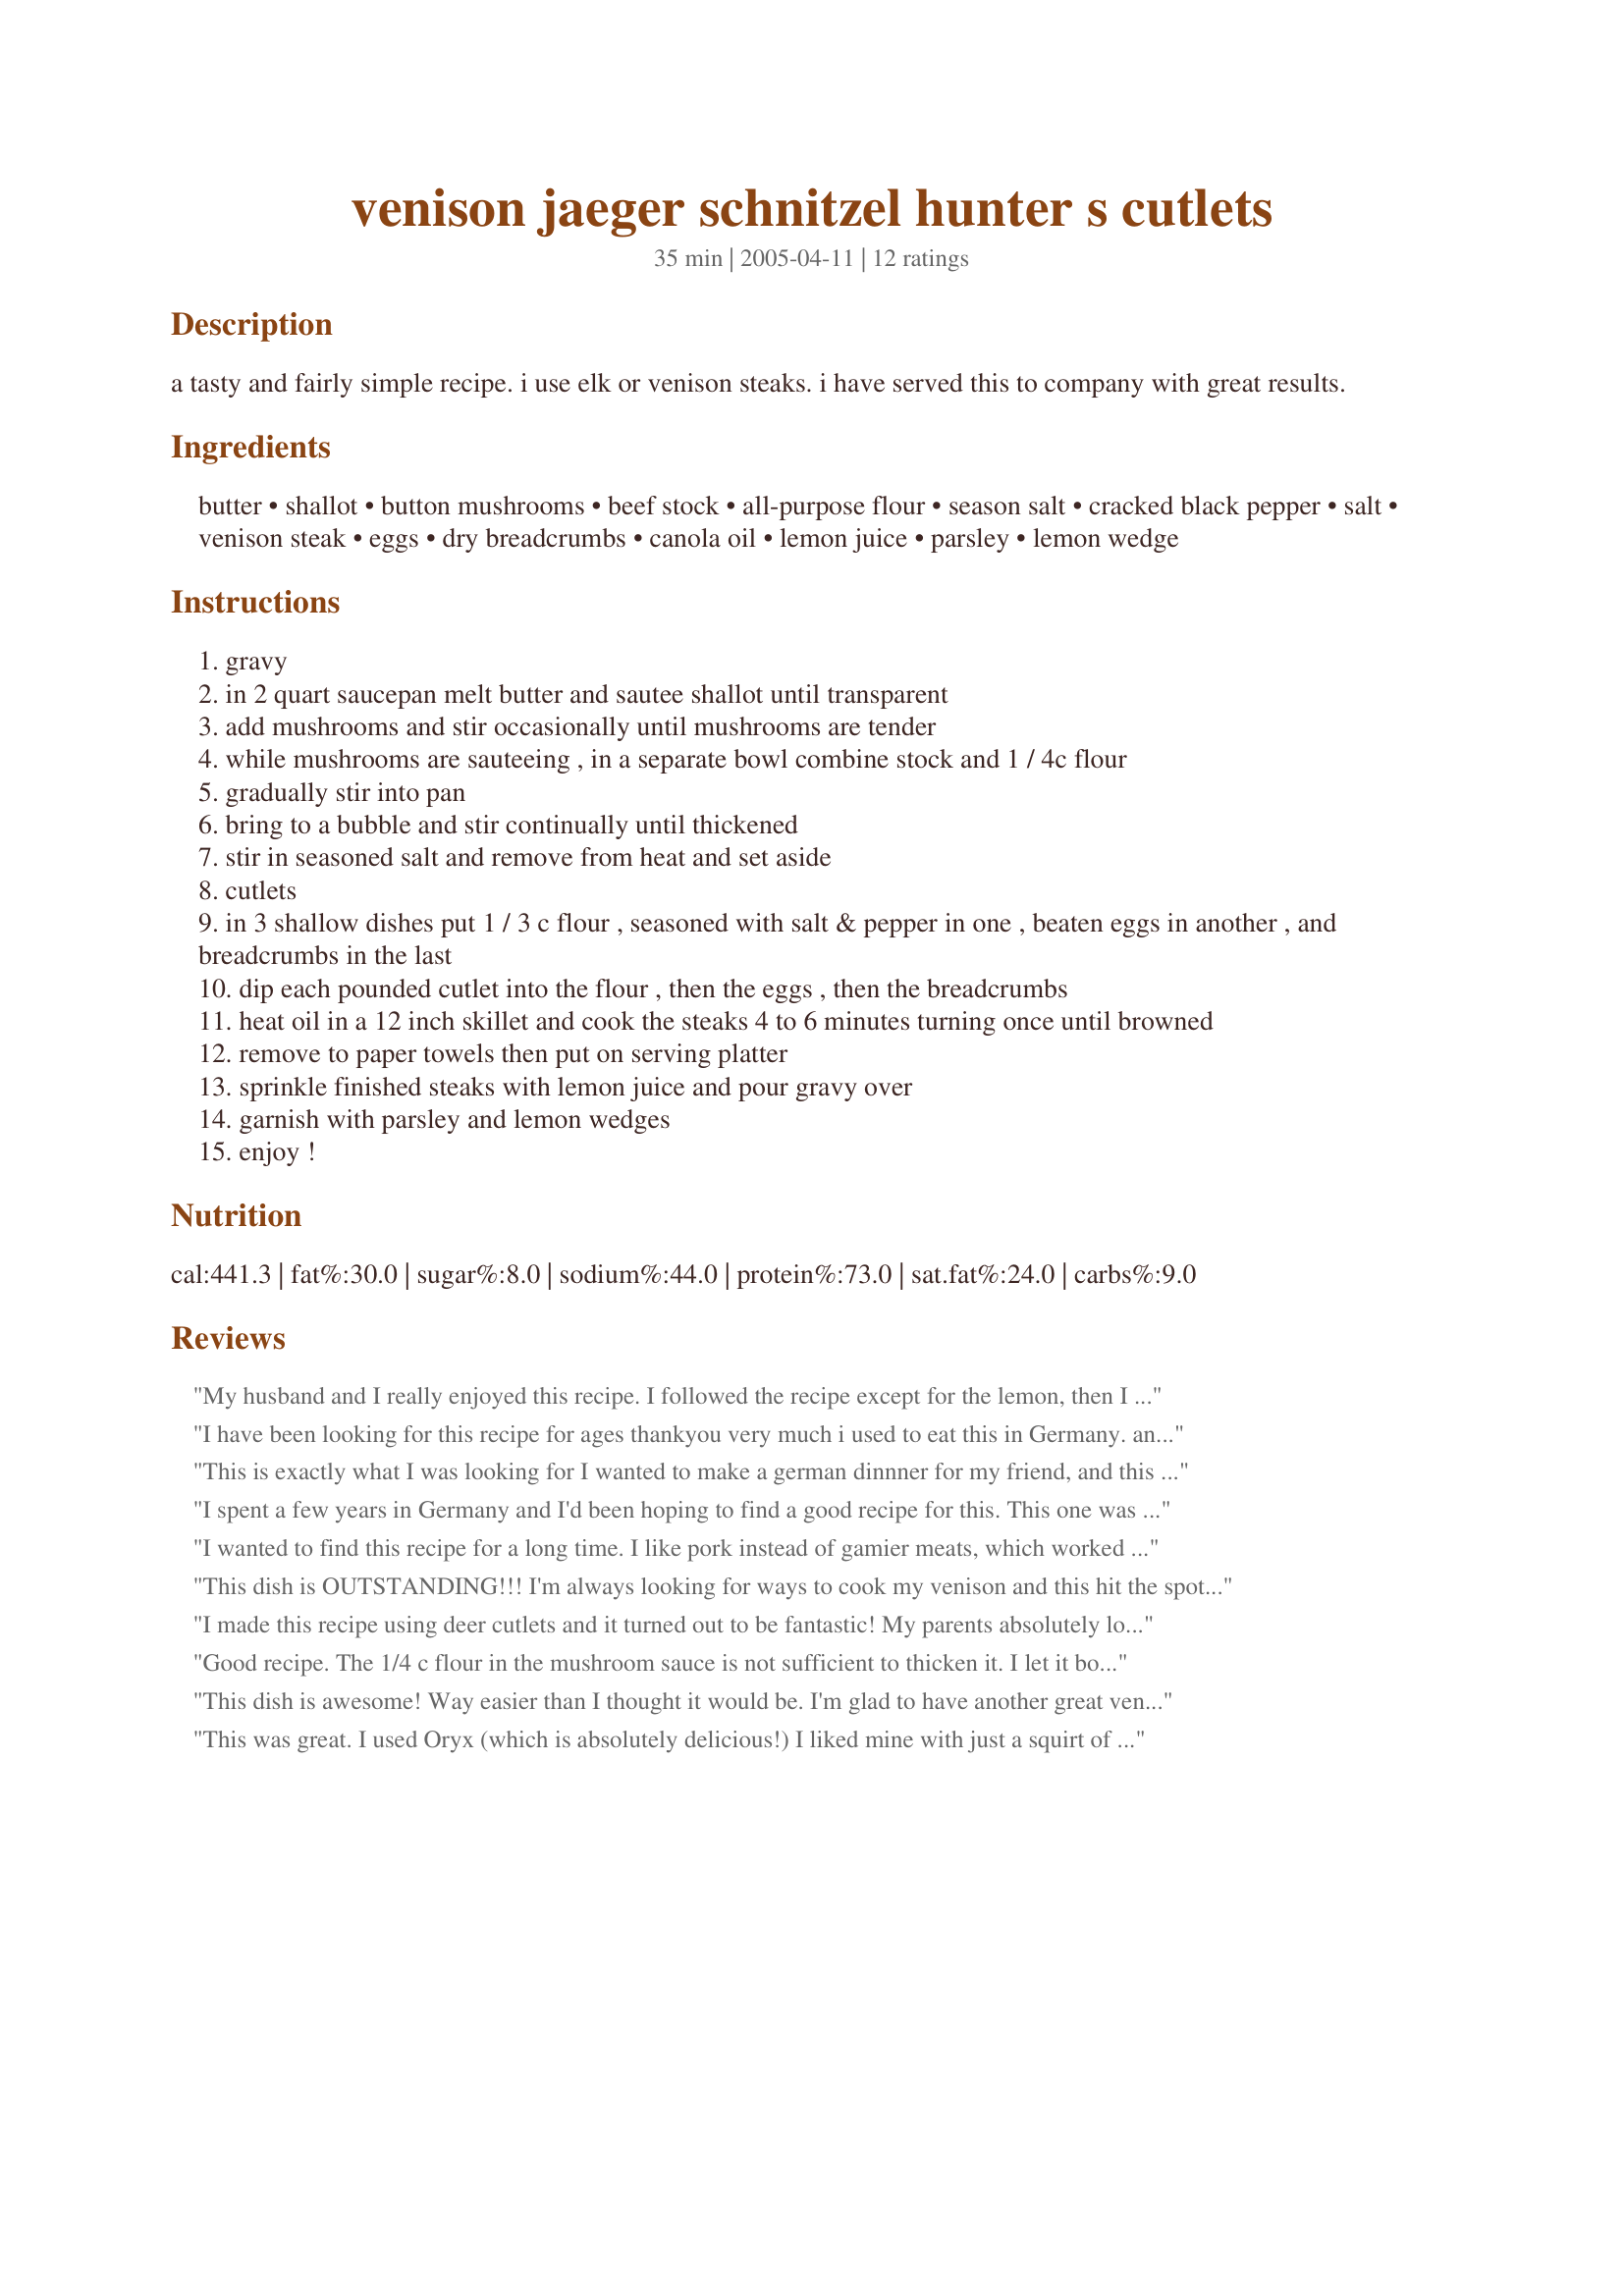
venison jaeger schnitzel hunter s cutlets
Preparation time: 35 minutes

a tasty and fairly simple recipe. i use elk or venison steaks. i have served this to company with great results.

Ingredients:
butter, shallot, button mushrooms, beef stock, all-purpose flour, season salt, cracked black pepper, salt, venison steak, eggs, dry breadcrumbs, canola oil, lemon juice, parsley, lemon wedge

Steps:
gravy
in 2 quart saucepan melt butter and sautee shallot until transparent
add mushrooms and stir occasionally until mushrooms are tender
while mushrooms are sauteeing , in a separate bowl combine stock and 1 / 4c flour
gradually stir into pan
bring to a bubble and stir continually until thickened
stir in seasoned salt and remove from heat and set aside
cutlets
in 3 shallow dishes put 1 / 3 c flour , seasoned with salt & pepper in one , beaten eggs in another , and breadcrumbs in the last
dip each pounded cutlet into the flour , then the eggs , then the breadcrumbs
heat oil in a 12 inch skillet and cook the steaks 4 to 6 minutes turning once until browned
remove to paper towels then put on serving platter
sprinkle finished steaks with lemon juice and pour gravy over
garnish with parsley and lemon wedges
enjoy !

Reviews:
My husband and I really enjoyed this recipe. I followed the recipe except for the lemon, then I sliced it into strips and served it over wild rice with the gravy on top. Yum! Thanks for the recipe!
I have been looking for this recipe for ages thankyou very much i used to eat this in Germany.
and the other day at college we had to make our own dishes to serve to the public i made this one and in the end we won uk college of the year award thankyou very much again..
This is exactly what I was looking for I wanted to make a german dinnner for my friend, and this worked just great, I used pork tenderloin instead of venison, but otherwise followed the recipe exactly, it was excellent and very easy to prepare. Thanks for a great recipe, I will be making this again
I spent a few years in Germany and I'd been hoping to find a good recipe for this. This one was incredible!!
I wanted to find this recipe for a long time. I like pork instead of gamier meats, which worked well in this recipe. Thanks for posting, we ate it with kittencal's latkes, yummy!
This dish is OUTSTANDING!!! I'm always looking for ways to cook my venison and this hit the spot! We all had seconds...it's my husband's new favorite!!!
I made this recipe using deer cutlets and it turned out to be fantastic! My parents absolutely loved it. I made this with a side of bison sausages and sweet potatoes. Wonderful dinner and simple to make!
Good recipe. The 1/4 c flour in the mushroom sauce is not sufficient to thicken it. I let it boil down 20 min., then bit the bullet and added another 1/4 c flour in water to the boiling sauce. That did the trick. Try cubed portobello mushrooms for a more tasty sauce.
This dish is awesome! Way easier than I thought it would be. I'm glad to have another great venison recipe, thanks!
This was great. I used Oryx (which is absolutely delicious!) I liked mine with just a squirt of lemon on top, but my husband loved it with the sauce smothered on top. Great dish!
My husband has been eating wild game for most of his life. Last night I made this,he said that it was the BEST game he has EVER had. I have been cooking for him for 15 years! The funny thing is,I have made schnitzel with pork but never thought about using wild game! I Love it! I will be cooking this in hunting camp.
WOW!!!! This is one of the best recipes I have made on this web site to date. Please do yourself a favor and make this dish. You are guaranteed to LOVE IT!!!!!!! A must keep in your recipe arsenal.
